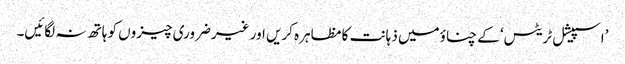
’اسپیشل ٹریٹس‘ کے چناؤمیں ذہانت کا مظاہرہ کریں اور غیرضروری چیزوں کو ہاتھ نہ لگائیں۔